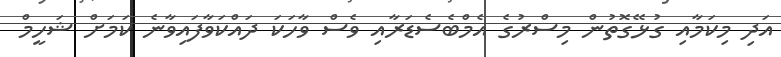
އަދި މިކަމާއި ގުޅޭގޮތުން މިސްރުގެ އެމްބެސެޑަރާއި ވެސް ވާހަކަ ދައްކަވާފައިވާނެ ކަމަށް ޝަހީމް